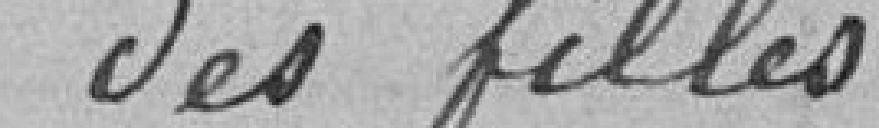
des filles